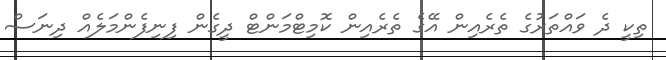
ތިކީ ދެ ވައްތަރުގެ ތެރެއިން އޭގެ ތެރެއިން ކޮމިޓްމަންޓް ދީގެން ފިނިފެންމަލެއް ދިނަސް